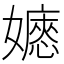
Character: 𡣇